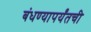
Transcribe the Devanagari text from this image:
बंधण्यापर्यंतची